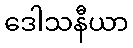
ဒေါသနီယာ